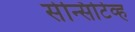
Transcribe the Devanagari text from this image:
सेन्सिटिव्ह